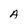
Character: A